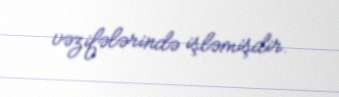
vəzifələrində işləmişdir.